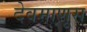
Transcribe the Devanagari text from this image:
देवमाणूस